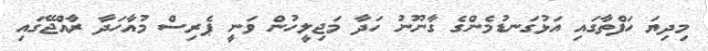
މިދިޔަ ހަފްތާގައި އަޅުގަނޑުމެންގެ ގާނޫނު ހަދާ މަޖިލީހުން ވަނީ ޕެރިސް މުއާހަދާ ރާއްޖޭގައި